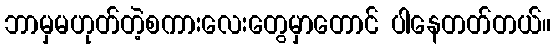
ဘာမှမဟုတ်တဲ့စကားလေးတွေမှာတောင် ပါနေတတ်တယ်။